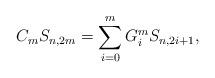
LaTeX: \begin{align*} C_m S_{n,2m} = \sum\limits_{i=0}^m G_i^m S_{n,2i+1},\end{align*}